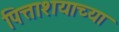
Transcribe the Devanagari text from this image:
पित्ताशयाच्या